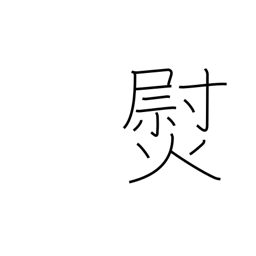
Meaning: smooth out